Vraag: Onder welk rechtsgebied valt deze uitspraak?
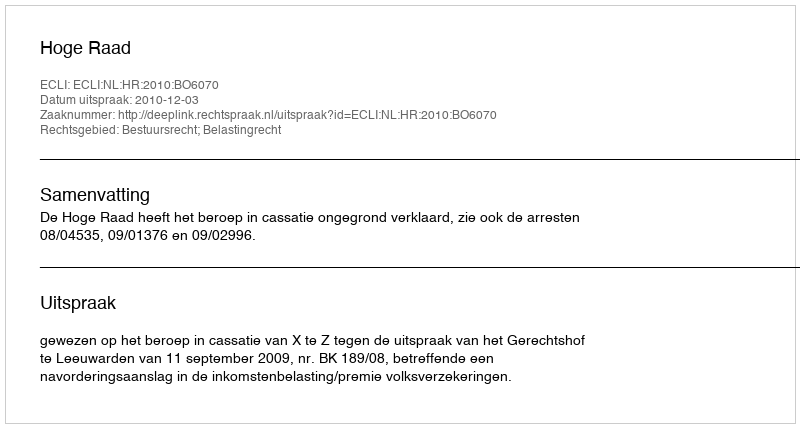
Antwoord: Bestuursrecht; Belastingrecht